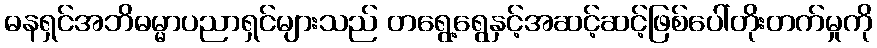
ဓနရှင်အဘိဓမ္မာပညာရှင်များသည် တရွေ့ရွေနှင့်အဆင့်ဆင့်ဖြစ်ပေါ်တိုးတက်မှုကို